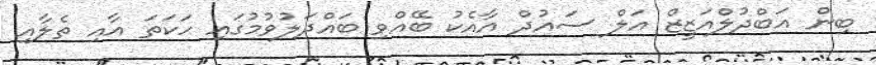
ބިން އަބްދުލްއަޒީޒް އަލް ސައުދް އާއެކު ބޭއްވި ބައްދަލުވުމުގައި ހަކަތަ އާއި ތެލާއި